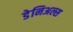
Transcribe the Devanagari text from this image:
डेनिअल्स